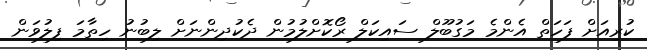
ކުރިއަށް ފަހަތް އެންމެ މަގުބޫލް ސައިކަލް ރޯކޮށްލުމުން ދެކުދިންނަށް ލިބުނު ހިތާމަ ފިލުވަން